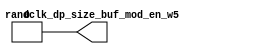
// This program was cloned from: https://github.com/T-head-Semi/opene902
// License: Apache License 2.0

/*Copyright 2018-2021 T-Head Semiconductor Co., Ltd.

Licensed under the Apache License, Version 2.0 (the "License");
you may not use this file except in compliance with the License.
You may obtain a copy of the License at

    http://www.apache.org/licenses/LICENSE-2.0

Unless required by applicable law or agreed to in writing, software
distributed under the License is distributed on an "AS IS" BASIS,
WITHOUT WARRANTIES OR CONDITIONS OF ANY KIND, either express or implied.
See the License for the specific language governing permissions and
limitations under the License.
*/

// &ModuleBeg; @24
module cr_lsu_randclk(
  randclk_dp_size_buf_mod_en_w5
);

// &Ports; @25
output       randclk_dp_size_buf_mod_en_w5; 

// &Regs; @26

// &Wires; @27
wire         randclk_dp_size_buf_mod_en_w5; 


// &Force("input","seu_lsu_randclk_mod_en"); @31
// &Force("bus","seu_lsu_randclk_mod_en",31,0); @32
//assign randclk_ctrl_req_mod_en_w2 = 1'b0;

assign randclk_dp_size_buf_mod_en_w5 = 1'b0;


// &ModuleEnd; @76
endmodule